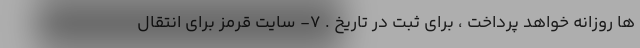
ها روزانه خواهد پرداخت ، برای ثبت در تاریخ . ۷- سایت قرمز برای انتقال